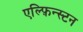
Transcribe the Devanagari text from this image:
एल्फ़िन्स्टन